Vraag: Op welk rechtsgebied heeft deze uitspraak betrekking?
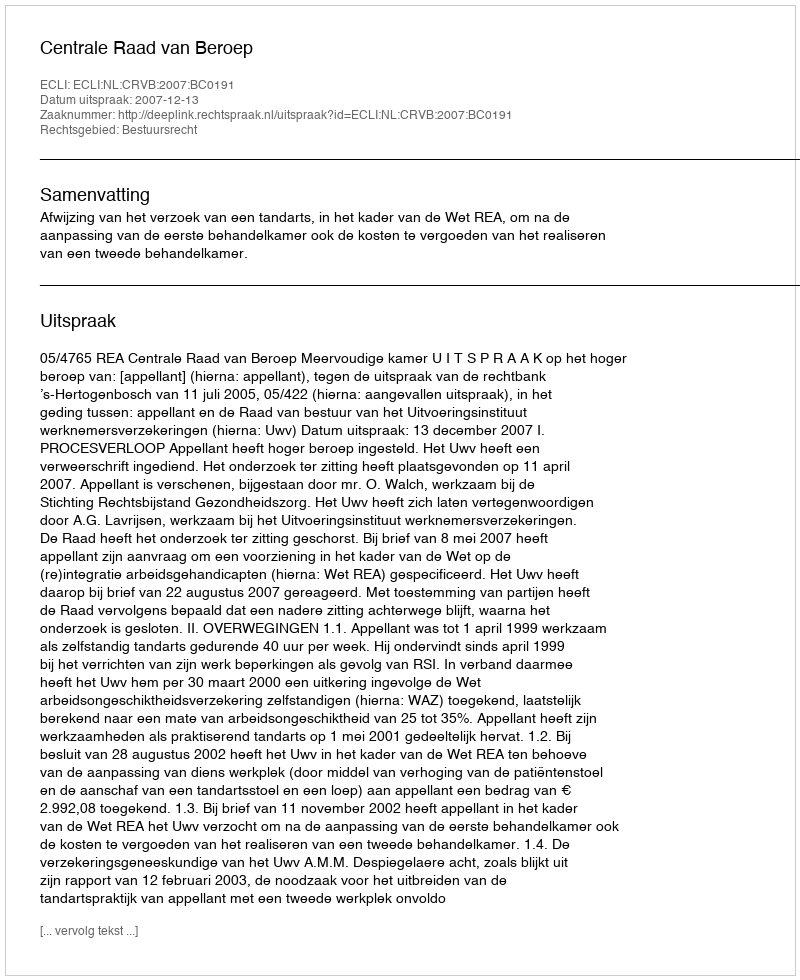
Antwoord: Bestuursrecht